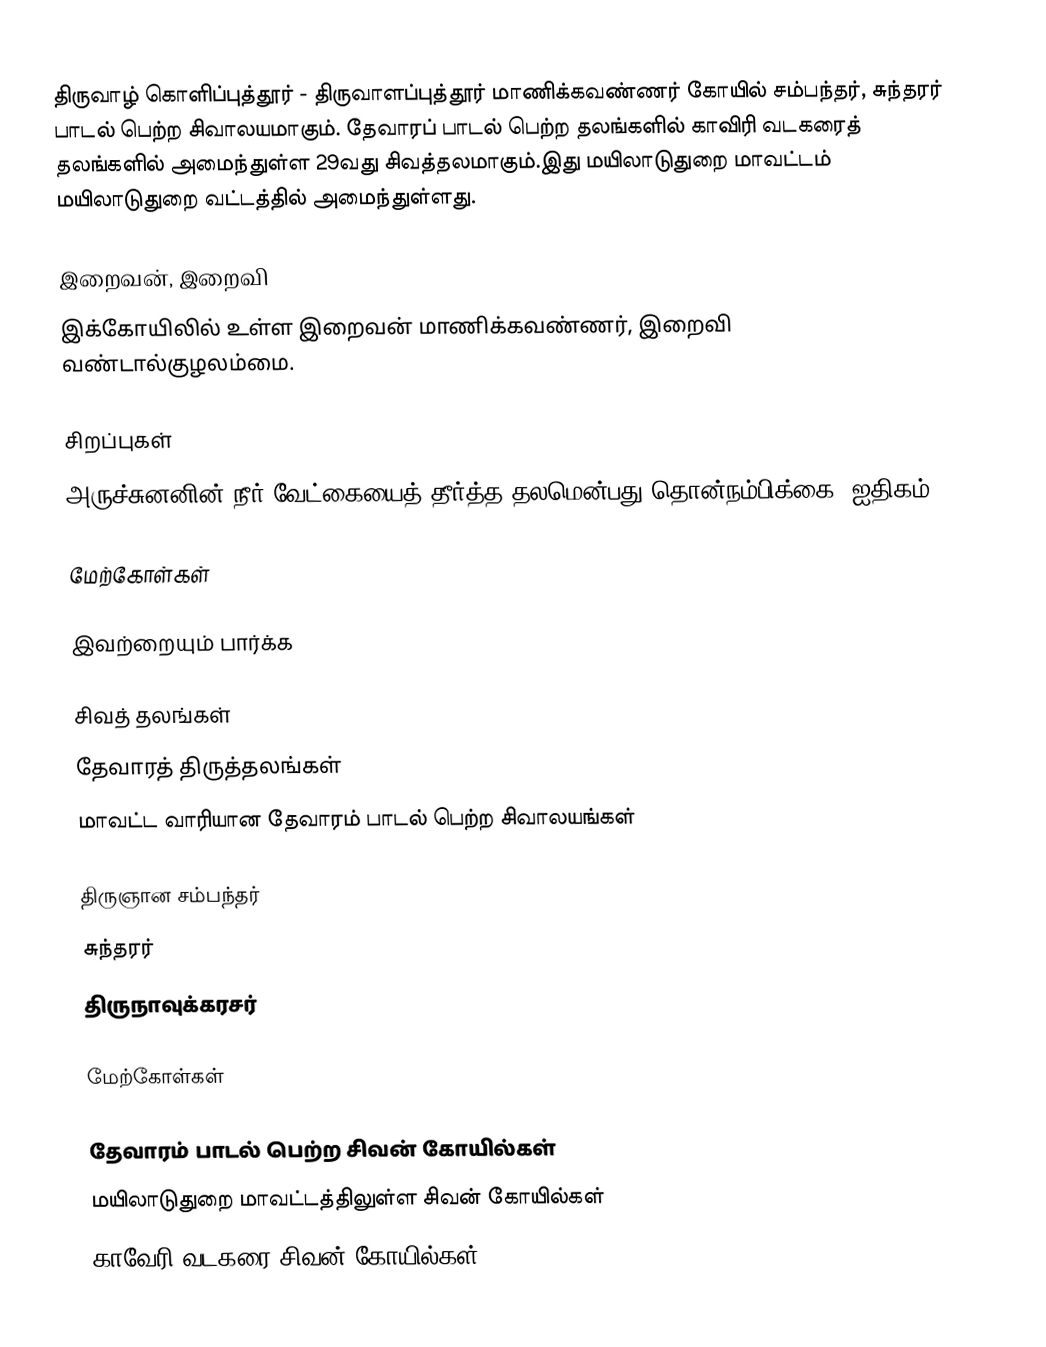
திருவாழ் கொளிப்புத்தூர் - திருவாளப்புத்தூர் மாணிக்கவண்ணர் கோயில் சம்பந்தர், சுந்தரர் பாடல் பெற்ற சிவாலயமாகும். தேவாரப் பாடல் பெற்ற தலங்களில் காவிரி வடகரைத் தலங்களில் அமைந்துள்ள 29வது சிவத்தலமாகும்.இது  மயிலாடுதுறை மாவட்டம் மயிலாடுதுறை வட்டத்தில் அமைந்துள்ளது.

இறைவன், இறைவி
இக்கோயிலில் உள்ள இறைவன் மாணிக்கவண்ணர், இறைவி வண்டால்குழலம்மை.

சிறப்புகள்
அருச்சுனனின் நீர் வேட்கையைத் தீர்த்த தலமென்பது தொன்நம்பிக்கை (ஐதிகம்).

மேற்கோள்கள்

இவற்றையும் பார்க்க

 சிவத் தலங்கள்
 தேவாரத் திருத்தலங்கள்
 மாவட்ட வாரியான தேவாரம் பாடல் பெற்ற சிவாலயங்கள்

 திருஞான சம்பந்தர்
 சுந்தரர்
 திருநாவுக்கரசர்

மேற்கோள்கள்

தேவாரம் பாடல் பெற்ற சிவன் கோயில்கள்
மயிலாடுதுறை மாவட்டத்திலுள்ள சிவன் கோயில்கள்
காவேரி வடகரை சிவன் கோயில்கள்